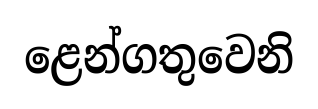
ළෙන්ගතුවෙනි